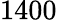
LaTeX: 1400